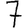
Digit: 7